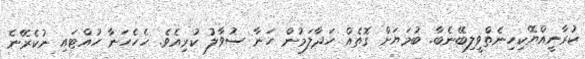
ކުރާނީއްޔޭކިހިނެތްވީލިބޭނެބާ. ބުމަޔަށް ގޮތެއް ހަދާލަމުން ހަނާ ސުވާލު ކުރިއެވެ. ހެހެހަނާ ހުއްޓައި ނުކެރޭނެ